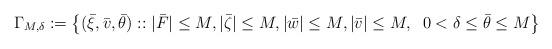
LaTeX: \begin{align*}\Gamma_{M,\delta}:=\left\{(\bar{\xi},\bar{v},\bar{\theta}):: |\bar{F}|\leq M, |\bar{\zeta}|\leq M, |\bar{w}|\leq M, |\bar{v}|\leq M, \;\; 0<\delta\leq\bar{\theta}\leq M\right\}\end{align*}